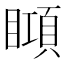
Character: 䁰